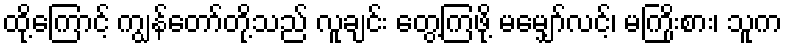
ထို့ကြောင့် ကျွန်တော်တို့သည် လူချင်း တွေ့ကြဖို့ မမျှော်လင့်၊ မကြိုးစား၊ သူက